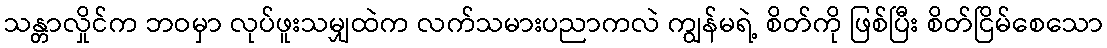
သန္တာလှိုင်က ဘဝမှာ လုပ်ဖူးသမျှထဲက လက်သမားပညာကလဲ ကျွန်မရဲ့ စိတ်ကို ဖြစ်ပြီး စိတ်ငြိမ်စေသော